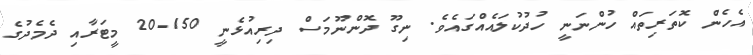
އެހެން ކޮތަރިތައް ހުންނަނީ ހުދުކުލައެއްގައެވެ. ނިގޫ ދޮންނޫމަސް ދިރިއުޅެނީ 150-20 މީޓަރާއި ދެމެދުގެ